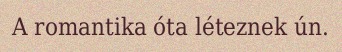
A romantika óta léteznek ún.